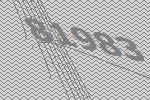
81983